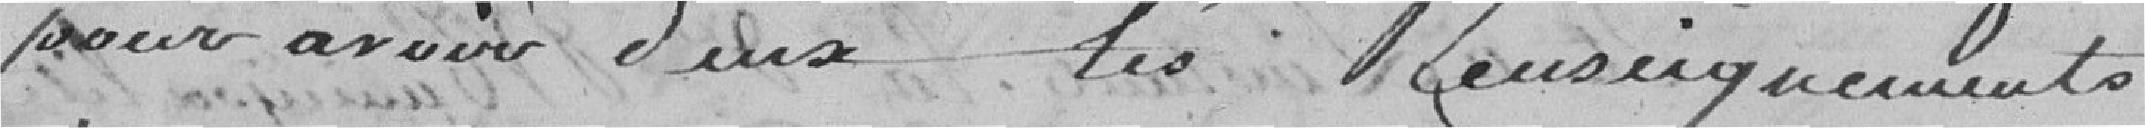
pour avoir d'eux les renseignements